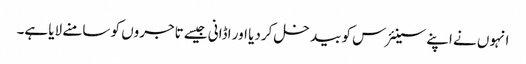
انہوں نے اپنے سینئرس کو بیدخل کردیا اور اڈانی جیسے تاجروں کو سامنے لایا ہے۔